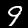
Digit: 9